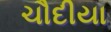
ચૌદીયા